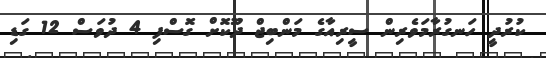
ކުރުދީ ހަނގުރާމަވެރިން ސީރިއާގެ މަންބިޖް ދޫކޮށް ގޮސްފި 4 ދުވަސް 12 ގަޑި